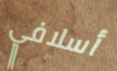
أسلافي